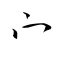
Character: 宀